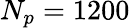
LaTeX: N_{p}=1200